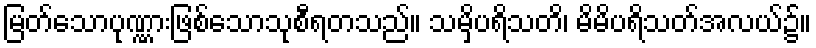
မြတ်သောပုဏ္ဏားဖြစ်သောသုစီရတသည်။ သမှိပရိသတိ၊ မိမိပရိသတ်အလယ်၌။